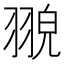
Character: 𦑀